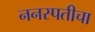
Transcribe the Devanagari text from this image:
ननस्पतीचा